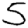
Digit: 5